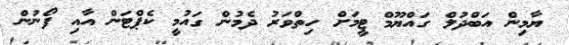
ޔާމިން އަބްދުލް ގައްޔޫމް ޓީމަށް ހިތްވަރު ދެމުން ގައުމީ ކެޕްޓަން އާއި ފޯނުން